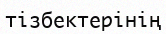
тізбектерінің